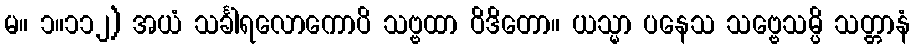
မ။ ၁။၁၁၂) အယံ သင်္ခါရလောကောပိ သဗ္ဗထာ ဝိဒိတော။ ယသ္မာ ပနေသ သဗ္ဗေသမ္ပိ သတ္တာနံ